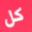
كل